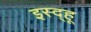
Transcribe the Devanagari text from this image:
इस्द्हू